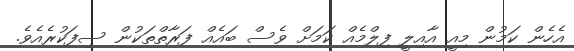
އެހެން ކަމުން މިއީ އާއިލީ ފިލްމެއް ކަމަށް ވެސް ބައެއް ފަރާތްތަކުން ސިފަކުރެއެވެ.